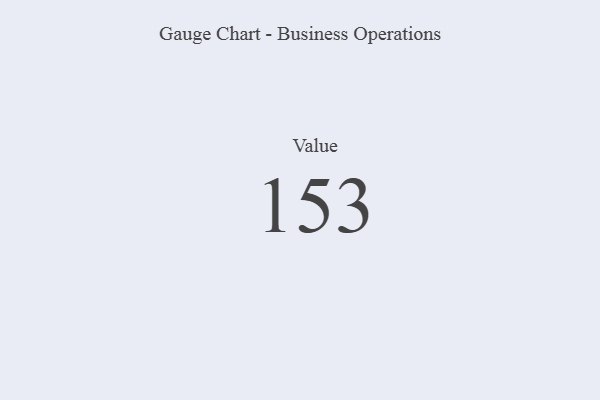
{"axis": {"x": "Metric", "y": "Value"}, "legend": [""], "data": [{"x": "Value", "y": 153, "type": ""}]}